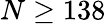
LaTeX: N\ge 138